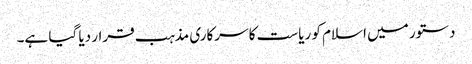
دستور میں اسلام کو ریاست کا سرکاری مذہب قرار دیا گیا ہے۔